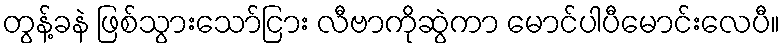
တွန့်ခနဲ ဖြစ်သွားသော်ငြား လီဗာကိုဆွဲကာ မောင်ပါပီမောင်းလေပီ။